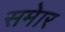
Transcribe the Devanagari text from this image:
समेार